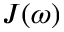
J ( \omega )